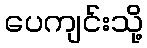
ပေကျင်းသို့